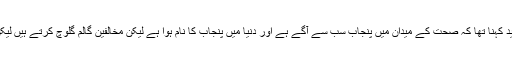
اوکاڑہ (سچ ٹائمز) ان کا مزید کہنا تھا کہ صحت کے میدان میں پنجاب سب سے آگے ہے اور دنیا میں پنجاب کا نام ہوا ہے لیکن مخالفین گالم گلوچ کرتے ہیں لیکن ہم دن رات کام کرتے ہیں۔